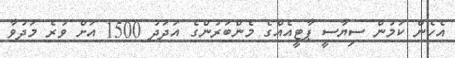
އެހެން ކަމުން ސިޔާސީ ޕާޓީއެއްގެ މެންބަރުންގެ އަދަދު 1500 އަށް ވުރެ މަދުވާ